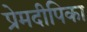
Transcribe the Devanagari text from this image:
प्रेमदीपिका